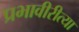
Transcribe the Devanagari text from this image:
प्रभावीरीत्या